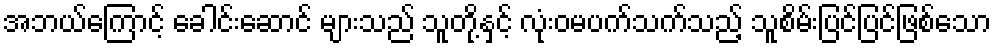
အဘယ်ကြောင့် ခေါင်းဆောင် များသည် သူတို့နှင့် လုံးဝမပက်သက်သည့် သူစိမ်းပြင်ပြင်ဖြစ်သော